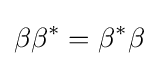
\beta \beta ^{*}=\beta ^{*}\beta